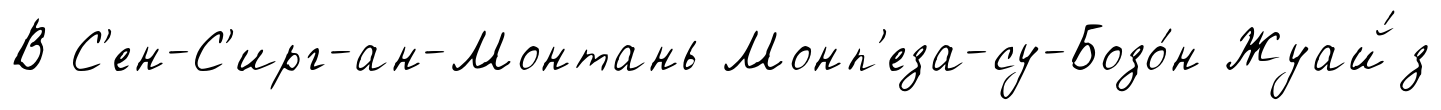
В С'ен-С'ирг-ан-Монтань Монп'еза-су-Бозо́н Жуай́з